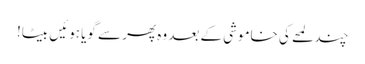
چند لمحے کی خاموشی کے بعد وہ پھر سے گویا ہوئیں بیٹا!